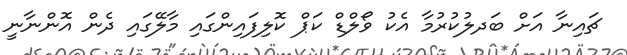
ޗައިނާ އަށް ބަދލުކުރުމާ އެކު ވޯލްޑް ކަޕް ކޮލިފައިންގައި މާލޭގައި ދެން އޮންނާނީ